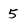
Character: 5